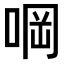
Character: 𠵹